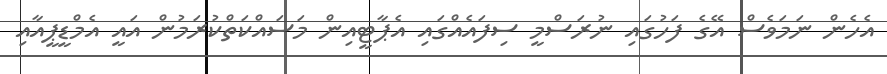
އެހެން ނަމަވެސް އޭގެ ފަހުގައި ނުރަސްމީ ސިފައެއްގައި އެޕާޓީއިން މަސައްކަތްކުރަމުން އައީ އެމްޑީޕީއާއި